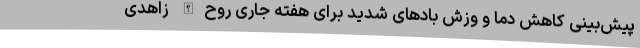
پیش‌بینی کاهش دما و وزش بادهای شدید برای هفته جاری روح‌الله زاهدی